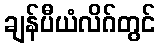
ချန်ပီယံလိဂ်တွင်